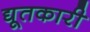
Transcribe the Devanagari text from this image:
द्यूतकारी